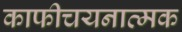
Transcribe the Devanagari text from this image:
काफीचयनात्मक